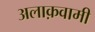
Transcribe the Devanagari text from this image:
अलाक़वामी